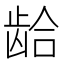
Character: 𲎨